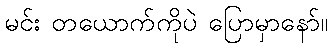
မင်း တယောက်ကိုပဲ ပြောမှာနော်။